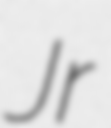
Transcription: Jr